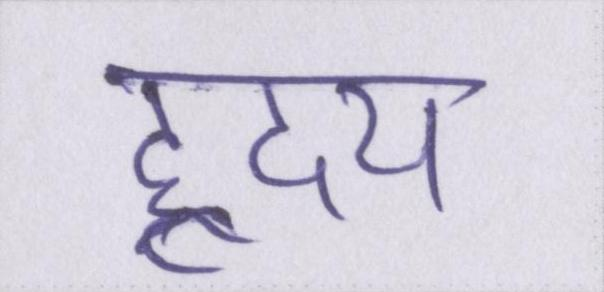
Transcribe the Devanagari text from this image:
ह्रदय